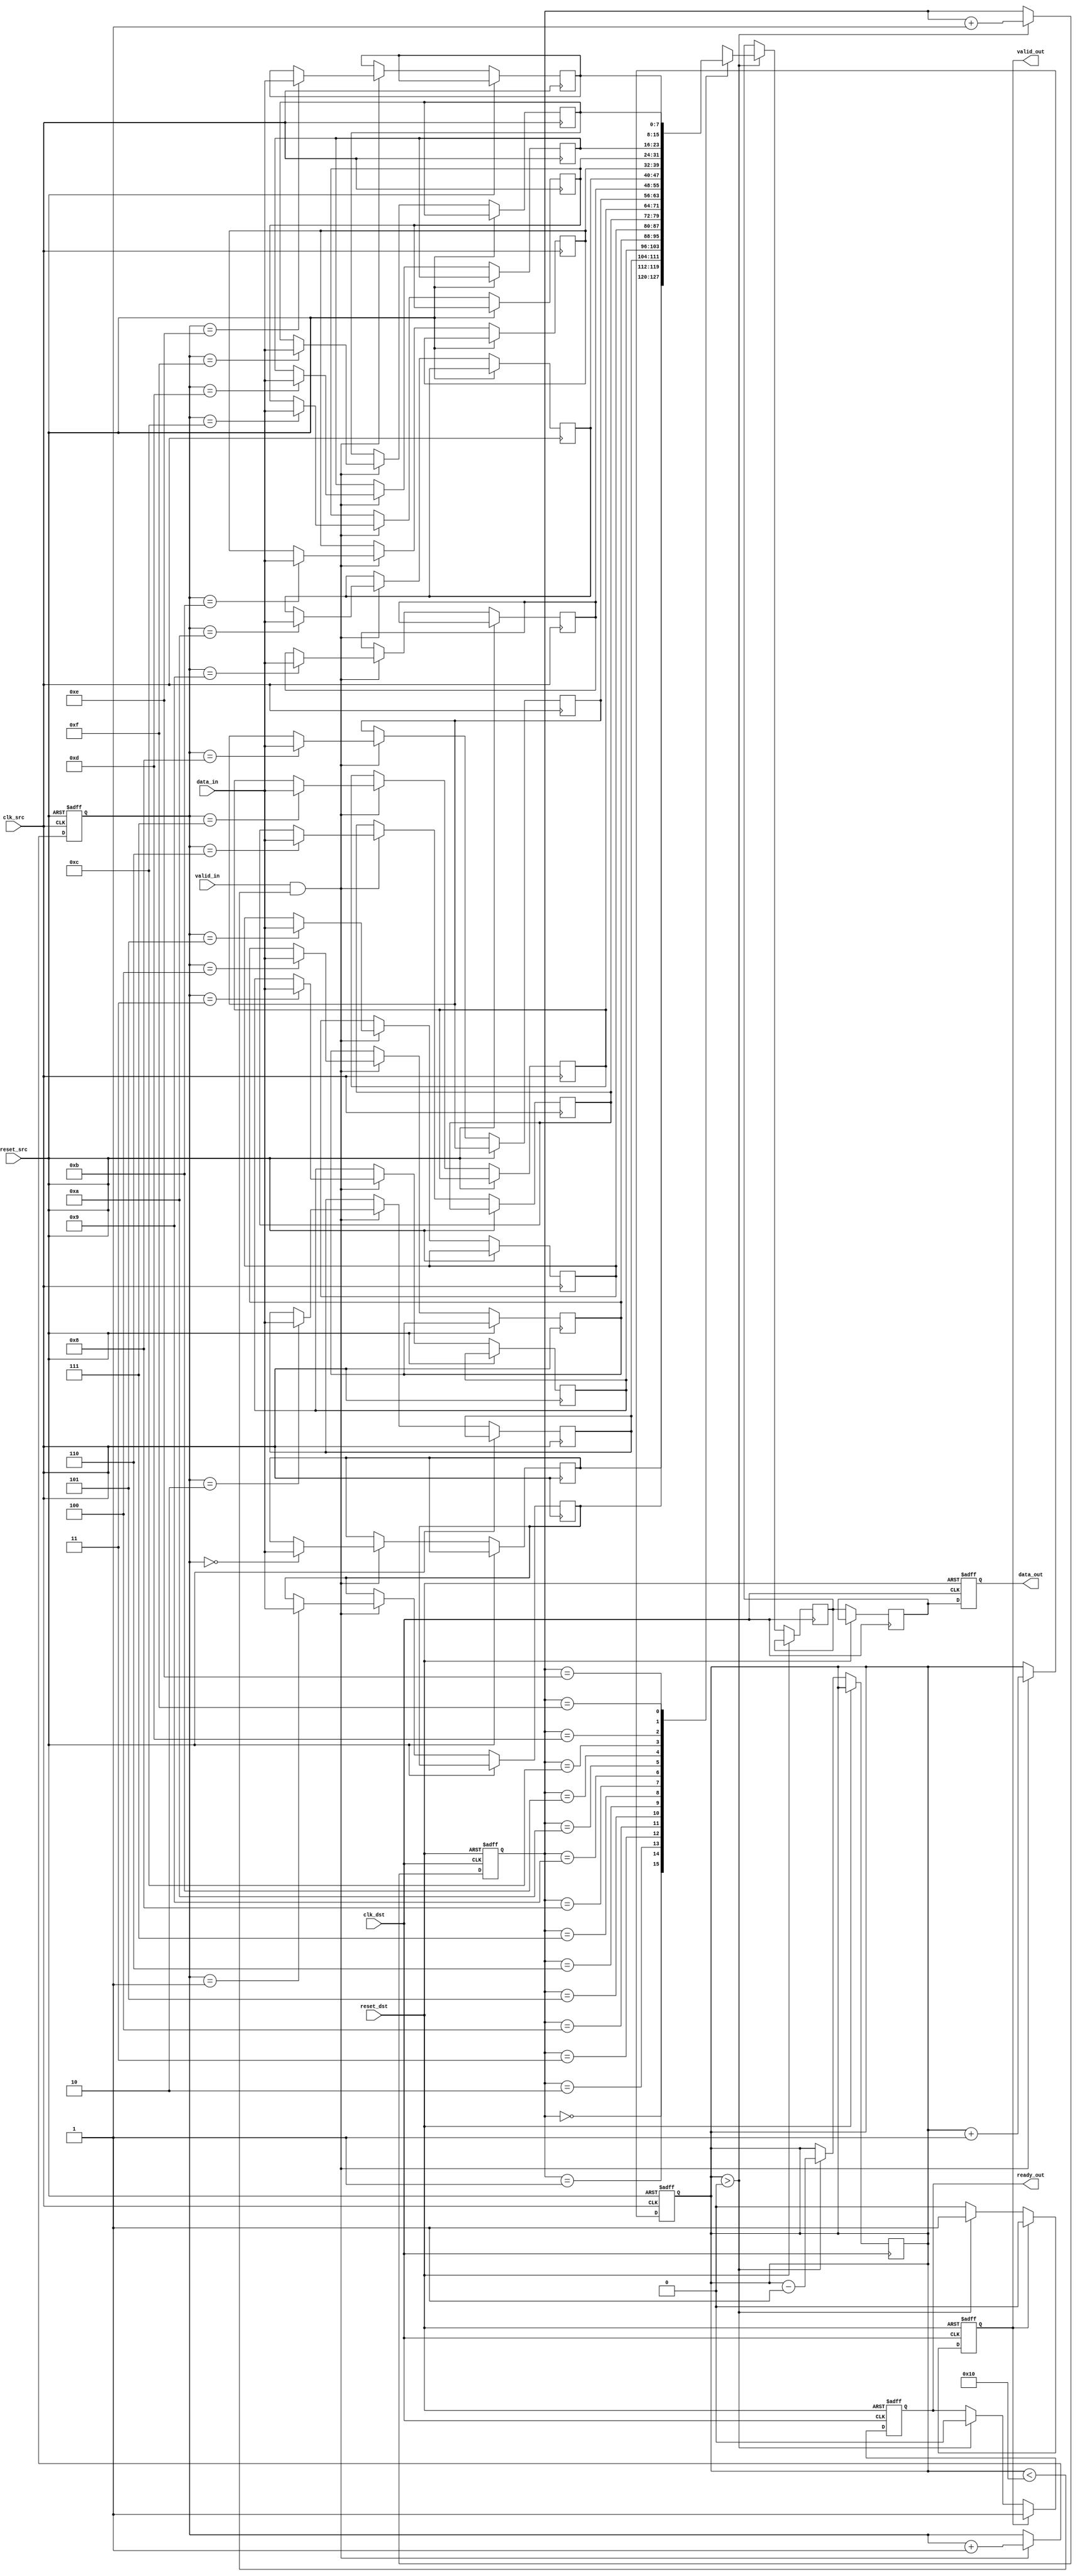
module MemoryBlocksPipelineSynchronizer #(
    parameter DATA_WIDTH = 8,
    parameter FIFO_DEPTH = 16
)(
    input wire clk_src,              // Source clock
    input wire clk_dst,              // Destination clock
    input wire reset_src,            // Reset for source domain
    input wire reset_dst,            // Reset for destination domain
    input wire [DATA_WIDTH-1:0] data_in, // Data input from source
    input wire valid_in,             // Valid signal from source
    output reg ready_out,            // Ready signal for source
    output reg [DATA_WIDTH-1:0] data_out, // Data output to destination
    output reg valid_out             // Valid signal for destination
);

    // FIFO buffer implementation
    reg [DATA_WIDTH-1:0] fifo [0:FIFO_DEPTH-1];
    reg [$clog2(FIFO_DEPTH)-1:0] write_ptr;
    reg [$clog2(FIFO_DEPTH)-1:0] read_ptr;
    reg [FIFO_DEPTH:0] fifo_count; // Count of items in FIFO

    // Synchronization signals
    reg [DATA_WIDTH-1:0] sync_data_1; // First flip-flop
    reg [DATA_WIDTH-1:0] sync_data_2; // Second flip-flop

    // Reset the FIFO and pointers
    always @(posedge clk_src or posedge reset_src) begin
        if (reset_src) begin
            write_ptr <= 0;
            fifo_count <= 0;
        end else if (valid_in && (fifo_count < FIFO_DEPTH)) begin
            fifo[write_ptr] <= data_in;
            write_ptr <= write_ptr + 1;
            fifo_count <= fifo_count + 1;
        end
    end

    // Synchronize data to destination clock domain
    always @(posedge clk_dst or posedge reset_dst) begin
        if (reset_dst) begin
            read_ptr <= 0;
            valid_out <= 0;
            data_out <= 0;
            ready_out <= 1; // Ready to receive data
        end else begin
            if (fifo_count > 0) begin
                sync_data_1 <= fifo[read_ptr]; // First stage of synchronization
                valid_out <= 1; // Mark as valid
                ready_out <= 0; // Not ready until data is read
                read_ptr <= read_ptr + 1;
                fifo_count <= fifo_count - 1;
            end
            
            // Second stage of synchronization
            sync_data_2 <= sync_data_1; // Second flip-flop
            data_out <= sync_data_2; // Output data
            if (valid_out) begin
                valid_out <= 0; // Clear valid after reading
                ready_out <= 1; // Ready to receive next data
            end
        end
    end
endmodule